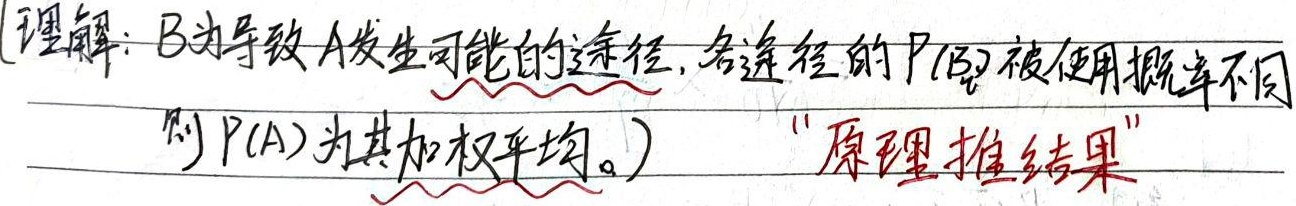
理解：\(B\) 为导致 \(A\) 发生可能的途径，各途径的 \(P(B_i)\) 被使用概率不同，则 \(P(A)\) 为其加权平均。（“原理推结果”）